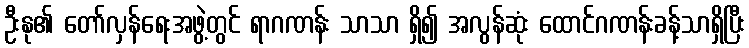
ဦးနု၏ တော်လှန်ရေးအဖွဲ့တွင် ရာဂဏန်း သာသာ ရှိ၍ အလွန်ဆုံး ထောင်ဂဏန်းခန့်သာရှိပြီး